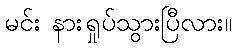
မင်း နားရှုပ်သွားပြီလား။